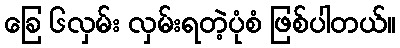
ခြေ ၆လှမ်း လှမ်းရတဲ့ပုံစံ ဖြစ်ပါတယ်။